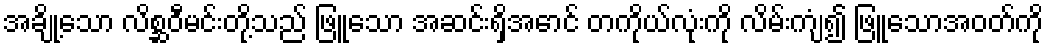
အချို့သော လိစ္ဆဝီမင်းတို့သည် ဖြူသော အဆင်းရှိအောင် တကိုယ်လုံးကို လိမ်းကျံ၍ ဖြူသောအဝတ်ကို